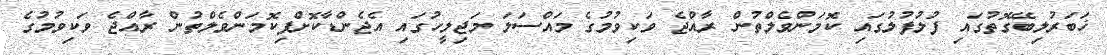
ޚަބަރުލިބޭގޮތުގައި ފުލުފުލުގައި ކޮމަންވެލްތުން ރާއްޖެ ވަކިވުމުގެ މައްސަލަ މަޖިލީހުގައި އެޖެންޑާކޮށްފިކޮމަންވެލްތުން ރާއްޖެ ވަކިވުމުގެ